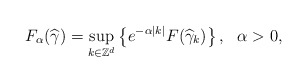
\begin{align*}F_{\alpha }(\widehat{\gamma })=\underset{k\in \mathbb{Z}^{d}}{\mathrm{sup}}\left\{ e^{-\alpha \left\vert k\right\vert }F(\widehat{\gamma }_{k})\right\},\ \ \alpha >0, \end{align*}